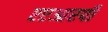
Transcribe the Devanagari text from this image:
एएआरपी